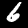
Label: 6